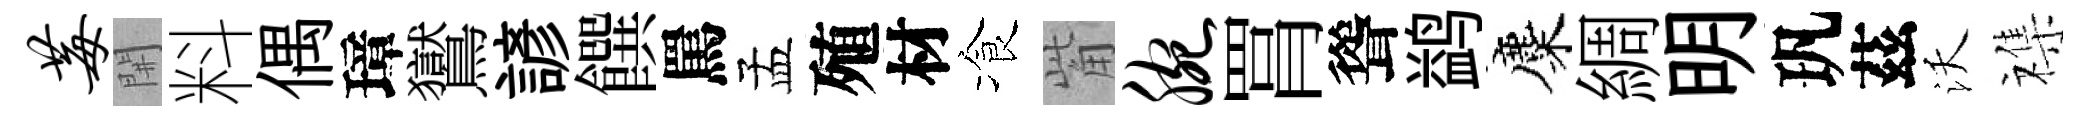
莓𨳩料偶璋鸑諺饌罵孟殖材飡觜腕罥聳鹢麋綢明㺬茲沃襍